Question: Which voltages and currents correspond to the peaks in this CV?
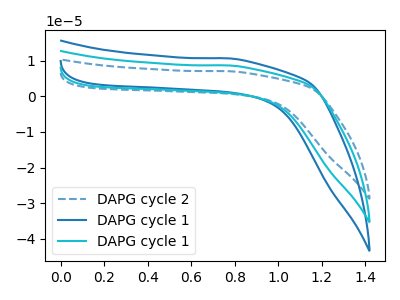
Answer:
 <answer>The blue dashed curve "DAPG cycle 2" has no peaks. The blue curve "DAPG cycle 1" has no peaks. The cyan curve "DAPG cycle 1" has no peaks.</answer>
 <eval></eval>